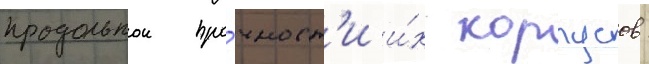
продольнои про́чност'и и́х корпусов: